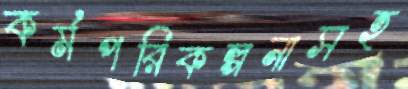
কর্মপরিকল্পনাসহ